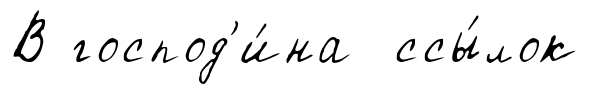
В господ'и́на ссы́лок